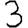
Digit: 3